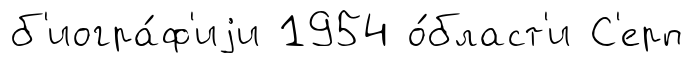
б'иогра́ф'иjи 1954 о́бласт'и С'ерп